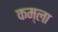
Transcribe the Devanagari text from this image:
कम्ला